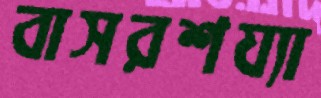
বাসরশয্যা